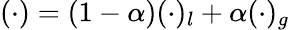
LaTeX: (\cdot)=(1-\alpha)(\cdot)_{l}+\alpha(\cdot)_{g}